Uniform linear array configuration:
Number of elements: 16
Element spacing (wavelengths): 0.25
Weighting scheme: cosine
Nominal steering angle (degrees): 15
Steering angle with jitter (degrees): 16.95
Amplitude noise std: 0.05
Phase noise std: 0.05

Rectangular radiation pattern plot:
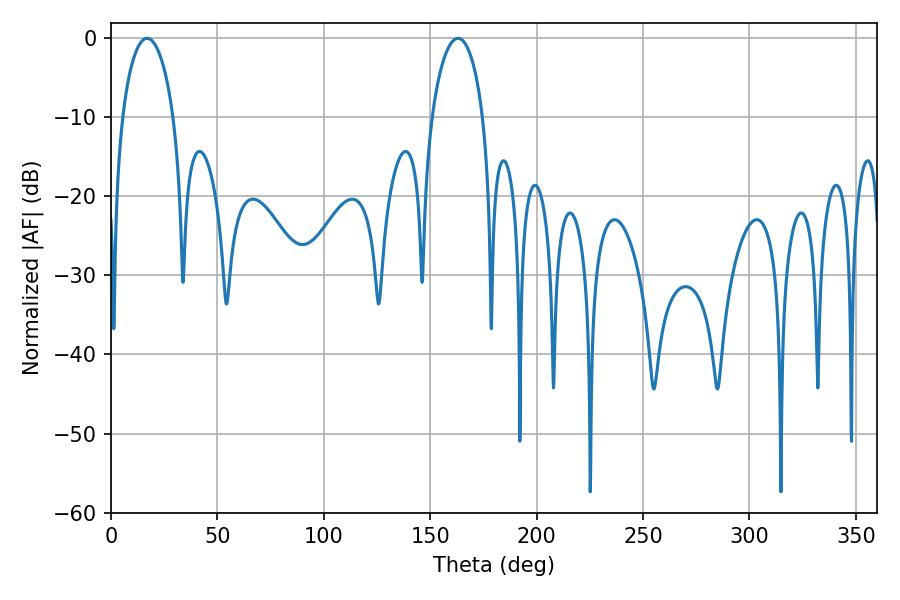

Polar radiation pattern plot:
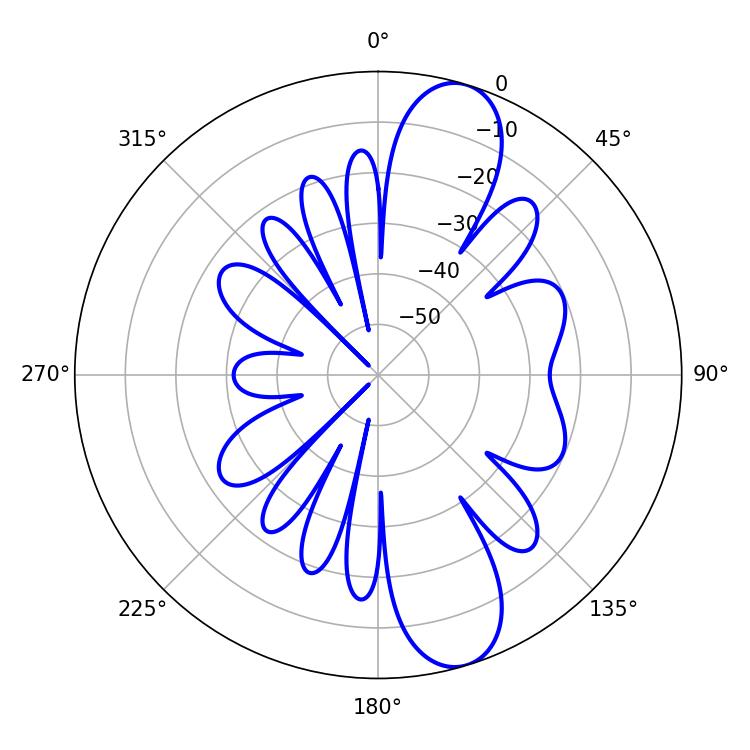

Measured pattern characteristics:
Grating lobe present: FALSE
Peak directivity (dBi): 11.071
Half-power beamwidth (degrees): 13.68
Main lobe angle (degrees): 16.92